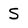
Character: S